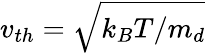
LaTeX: v_{th}=\sqrt{k_{B}T/m_{d}}